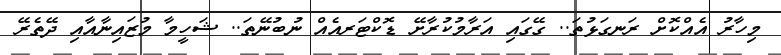
މިހާރު އެއްކޮށް ރަނގަޅުތަ.. ގޭގައި އަރާމުކުރާށޭ ޑޮކްޓަރއެއް ނުބުނޭތަ.. ޝަހީމާ މުޒައިނާއާއި ދޭތެރޭ